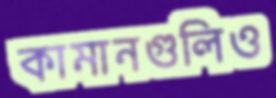
কামানগুলিও